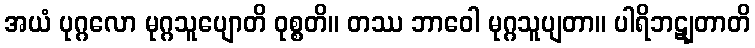
အယံ ပုဂ္ဂလော မုဂ္ဂသူပျောတိ ဝုစ္စတိ။ တဿ ဘာဝေါ မုဂ္ဂသူပျတာ။ ပါရိဘဋျတာတိ